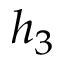
h _ { 3 }